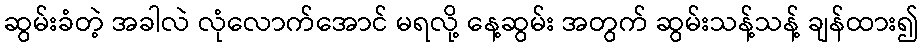
ဆွမ်းခံတဲ့ အခါလဲ လုံလောက်အောင် မရလို့ နေ့ဆွမ်း အတွက် ဆွမ်းသန့်သန့် ချန်ထား၍